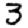
Digit: 3